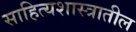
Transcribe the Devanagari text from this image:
साहित्यशास्त्रातील